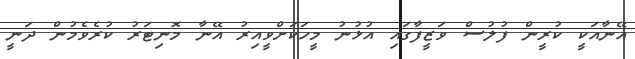
އޭނާއަކީ ކުރީން ފުލުސް ވަޒީފާގައި އުޅުނު މީހަކަށްވީއިރު އޭނާ މޮނިޓަރު ކުރެވެމުން ދަނީ